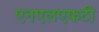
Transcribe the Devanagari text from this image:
एनएलएफटी